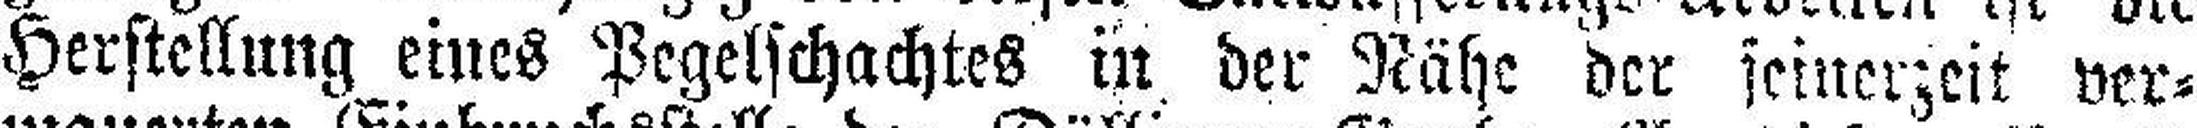
Herstellung eines Pegelschachtes in der Nähe der seinerzeit ver¬